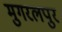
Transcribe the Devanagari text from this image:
मुगरलपुर